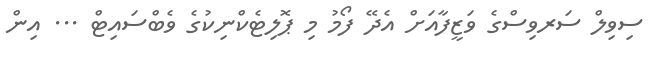
ސިވިލް ސަރވިސްގެ ވަޒީފާއަށް އެދޭ ފޯމު މި ޕޮލިޓެކްނިކުގެ ވެބްސައިޓް ... އިން